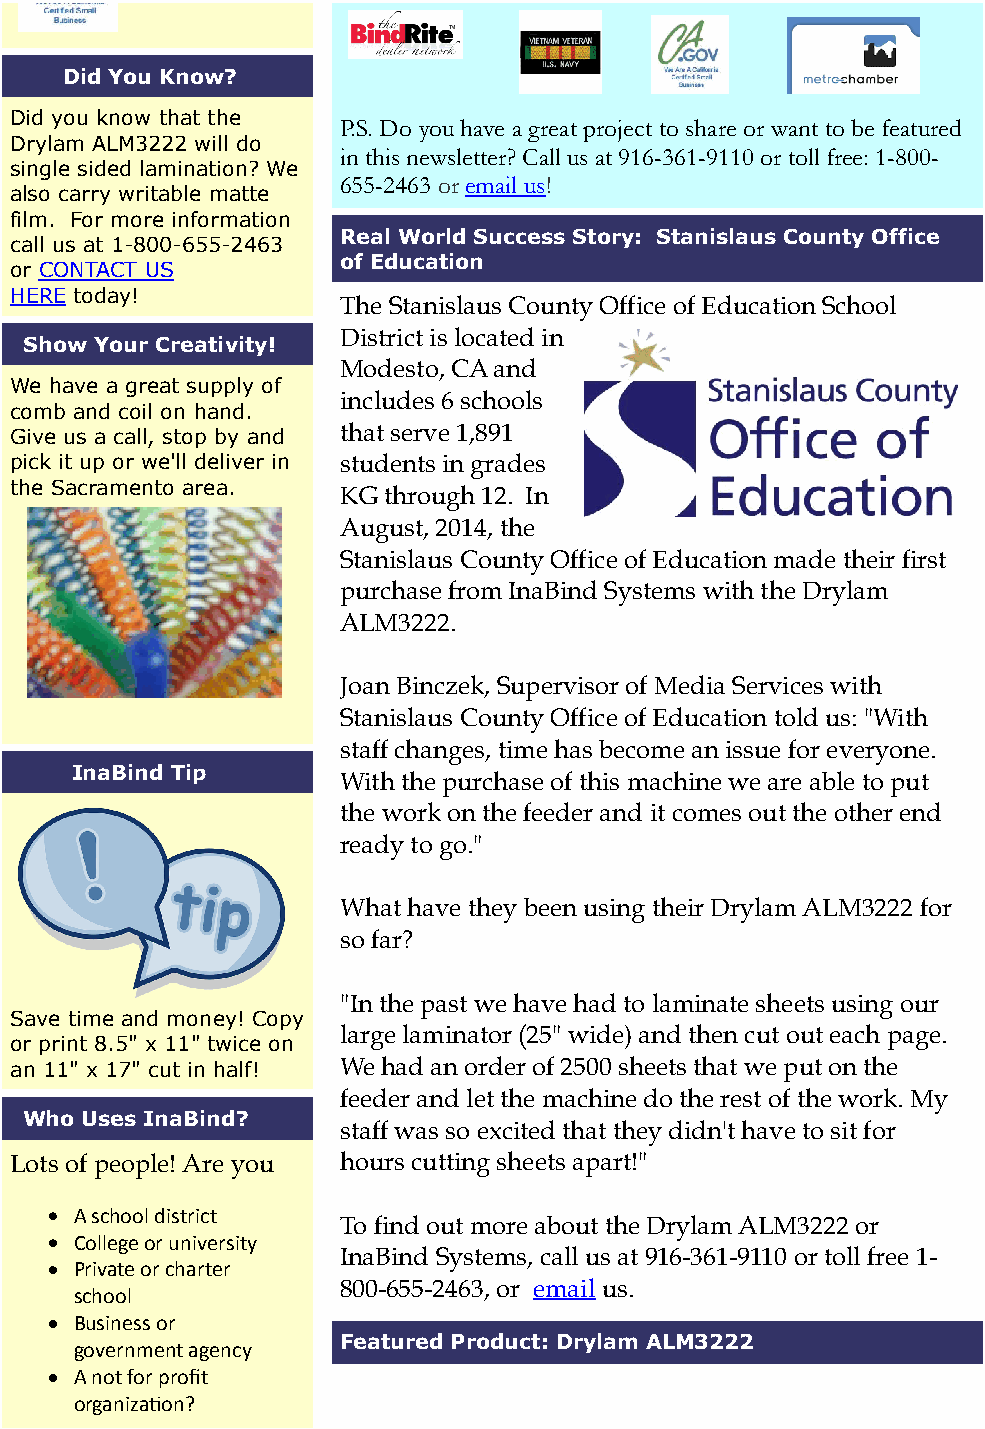
Did You Know?
 Did you know that the
 P.S. Do you have a great project to share or want to be featured
 Drylam ALM3222 will do
 in this newsletter? Call us at 916-361-9110 or toll free: 1-800-
 single sided lamination? We
 655-2463 or email us!
 also carry writable matte
 film. For more information
 Real World Success Story: Stanislaus County Office
 call us at 1-800-655-2463
 of Education
 or CONTACT US
 HERE today!
 The Stanislaus County Office of Education School
 District is located in
 Show Your Creativity!
 Modesto, CA and
 We have a great supply of
 includes 6 schools
 comb and coil on hand.
 Give us a call, stop by and that serve 1,891
 pick it up or we'll deliver in students in grades
 the Sacramento area.
 KG through 12. In
 August, 2014, the
 Stanislaus County Office of Education made their first
 purchase from InaBind Systems with the Drylam
 ALM3222.
 Joan Binczek, Supervisor of Media Services with
 Stanislaus County Office of Education told us: "With
 staff changes, time has become an issue for everyone.
 InaBind Tip
 With the purchase of this machine we are able to put
 the work on the feeder and it comes out the other end
 ready to go."
 What have they been using their Drylam ALM3222 for
 so far?
 "In the past we have had to laminate sheets using our
 Save time and money! Copy
 large laminator (25" wide) and then cut out each page.
 or print 8.5" x 11" twice on
 an 11" x 17" cut in half! We had an order of 2500 sheets that we put on the
 feeder and let the machine do the rest of the work. My
 Who Uses InaBind?
 staff was so excited that they didn't have to sit for
 Lots of people! Are you hours cutting sheets apart!"
 A"school"district
 To find out more about the Drylam ALM3222 or
 College"or"university
 InaBind Systems, call us at 916-361-9110 or toll free 1-
 Private"or"charter
 800-655-2463, or email us.
 school
 Business"or
 Featured Product: Drylam ALM3222
 government"agency
 A"not"for"profit
 organiza;on?